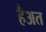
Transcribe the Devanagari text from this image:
हैअत